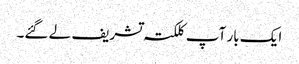
ایک بار آپ کلکتہ تشریف لے گئے۔